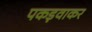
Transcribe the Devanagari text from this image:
पकड़वाकर